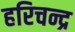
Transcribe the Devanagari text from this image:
हरिचन्द्र